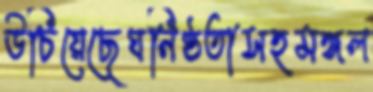
উচিয়েছেঘনিষ্ঠতাসহমঙ্গল